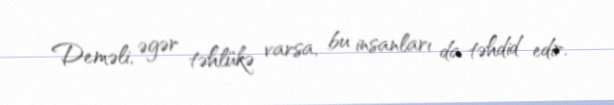
Deməli, əgər təhlükə varsa, bu insanları da təhdid edir.